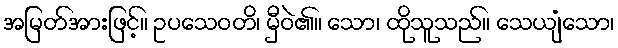
အမြတ်အားဖြင့်။ ဥပသေဝတိ၊ မှီဝဲ၏။ သော၊ ထိုသူသည်။ သေယျံသော၊